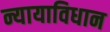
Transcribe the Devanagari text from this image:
न्यायाविधान